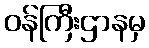
ဝန်ကြီးဌာနမှ